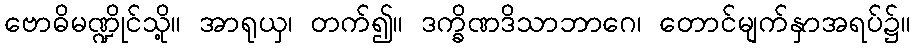
ဗောဓိမဏ္ဍိုင်သို့။ အာရုယှ၊ တက်၍။ ဒက္ခိဏဒိသာဘာဂေ၊ တောင်မျက်နှာအရပ်၌။